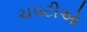
ચપટીઓ